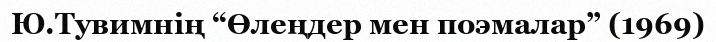
Ю.Тувимнің “Өлеңдер мен поэмалар” (1969)